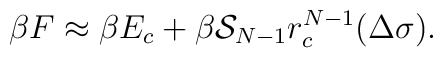
\beta F\approx \beta E_c+\beta {\cal S}_{N-1}r_c^{N-1}(\Delta\sigma).